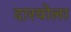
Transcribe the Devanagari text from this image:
दारयोला